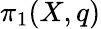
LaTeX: \pi_{1}(X,q)